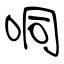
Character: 哃